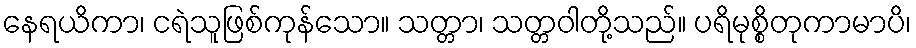
နေရယိကာ၊ ငရဲသူဖြစ်ကုန်သော။ သတ္တာ၊ သတ္တဝါတို့သည်။ ပရိမုစ္စိတုကာမာပိ၊